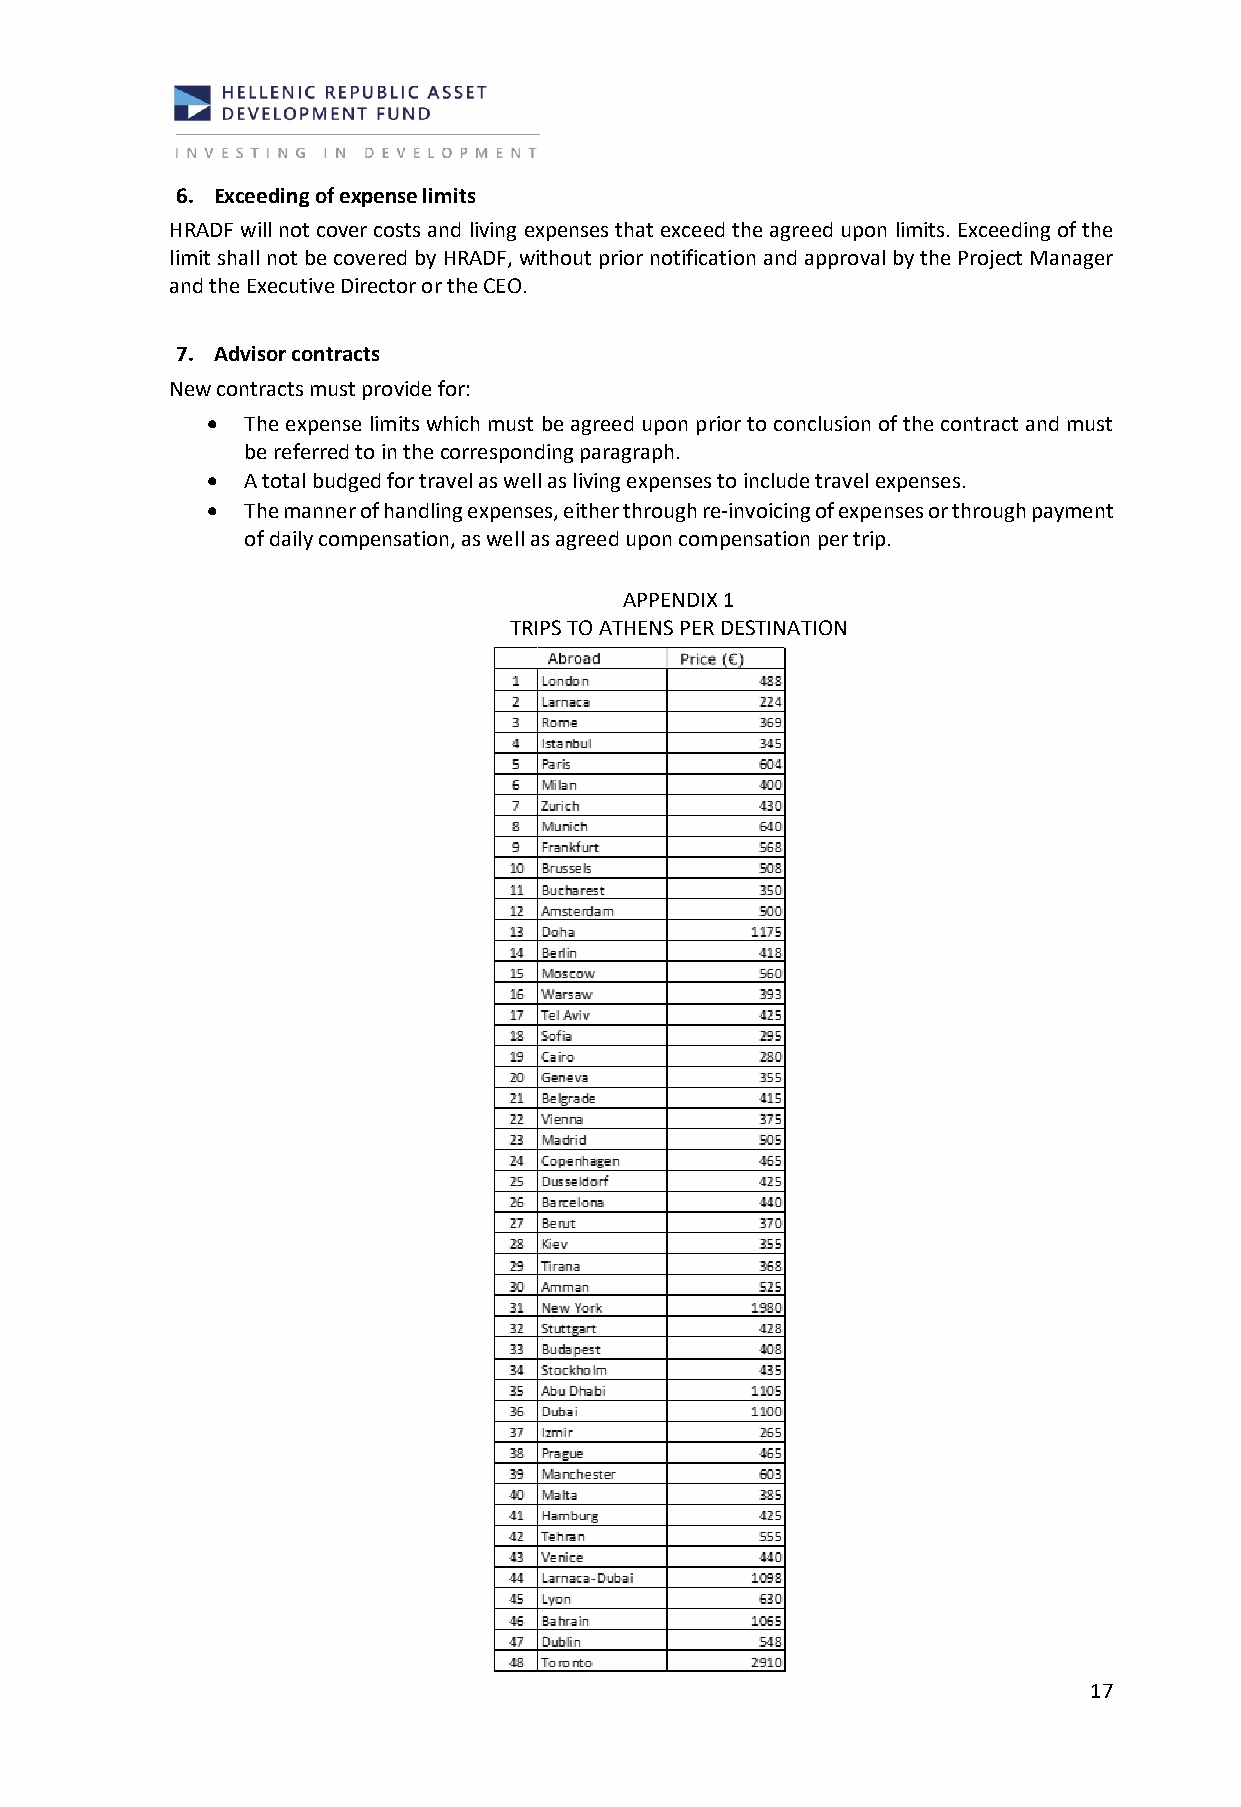
6. Exceeding of expense limits
 HRADF will not cover costs and living expenses that exceed the agreed upon limits. Exceeding of the
 limit shall not be covered by HRADF, without prior notification and approval by the Project Manager
 and the Executive Director or the CEO.
 7. Advisor contracts
 New contracts must provide for:
 • The expense limits which must be agreed upon prior to conclusion of the contract and must
 be referred to in the corresponding paragraph.
 • A total budged for travel as well as living expenses to include travel expenses.
 • The manner of handling expenses, either through re-invoicing of expenses or through payment
 of daily compensation, as well as agreed upon compensation per trip.
 APPENDIX 1
 TRIPS TO ATHENS PER DESTINATION
 17